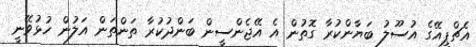
އެޗްޕީއޭގެ އުސޫލު ބަޔާންކުރާ ގޮތުން އެ އޭޖެންސީން ބަންދުކުރާ ތަންތަން އަލުން ހުޅުވޭނީ